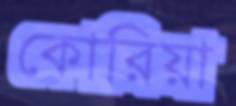
কোরিয়া